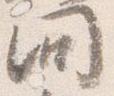
問